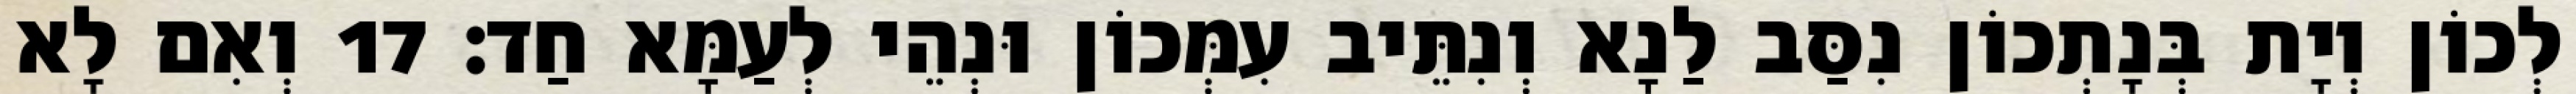
לְכוֹן וְיָת בְּנָתְכוֹן נִסַּב לַנָא וְנִתֵּיב עִמְּכוֹן וּנְהֵי לְעַמָּא חַד׃ 17 וְאִם לָא